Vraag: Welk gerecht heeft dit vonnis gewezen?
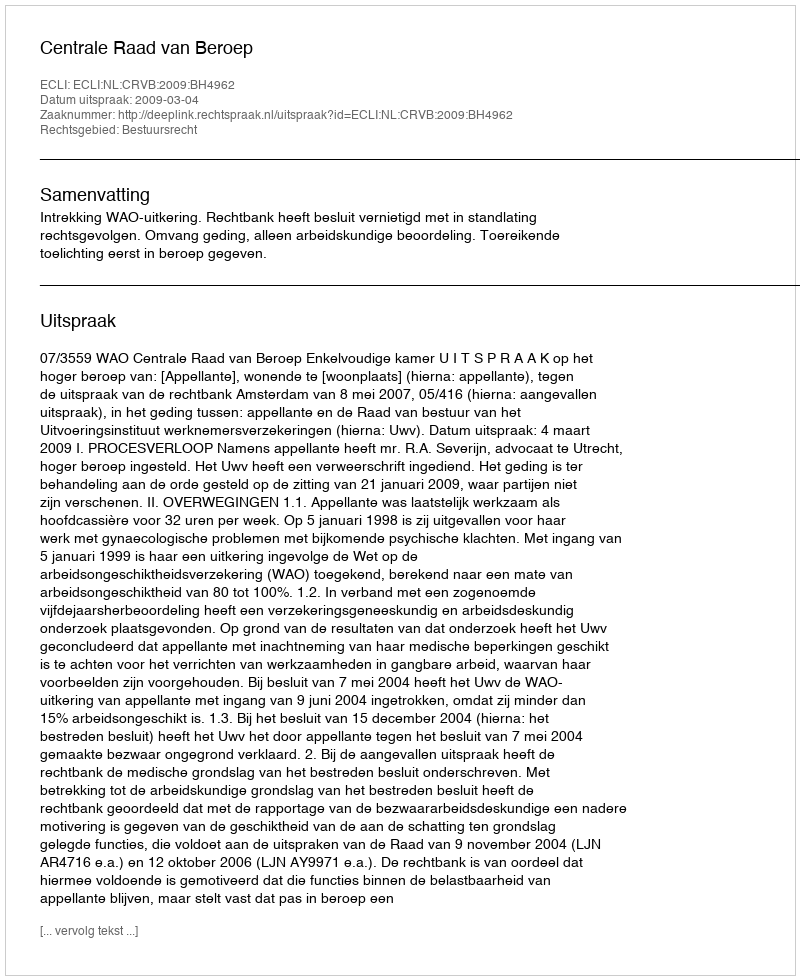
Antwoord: Centrale Raad van Beroep